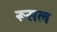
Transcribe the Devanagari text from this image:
रूसल